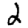
Digit: 2